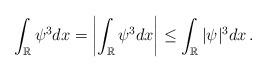
LaTeX: \begin{align*} \int_{\mathbb R} \psi^3dx=\left| \int_{\mathbb R} \psi^3dx \right| \le \int_{\mathbb R} |\psi|^3dx \, .\end{align*}